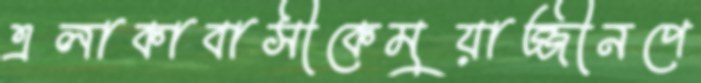
এলাকাবাসীকেমুয়াজ্জীনপে